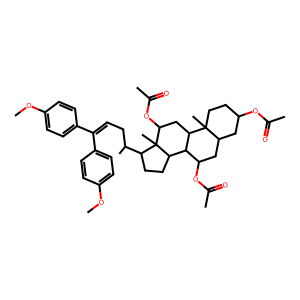
SMILES: COc1ccc(C(=CCC(C)C2CCC3C4C(OC(C)=O)CC5CC(OC(C)=O)CCC5(C)C4CC(OC(C)=O)C23C)c2ccc(OC)cc2)cc1
Inhibits HIV replication: No